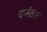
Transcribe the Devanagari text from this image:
करंतार